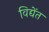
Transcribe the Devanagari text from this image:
विद्येंत